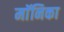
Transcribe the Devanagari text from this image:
माॅनिका